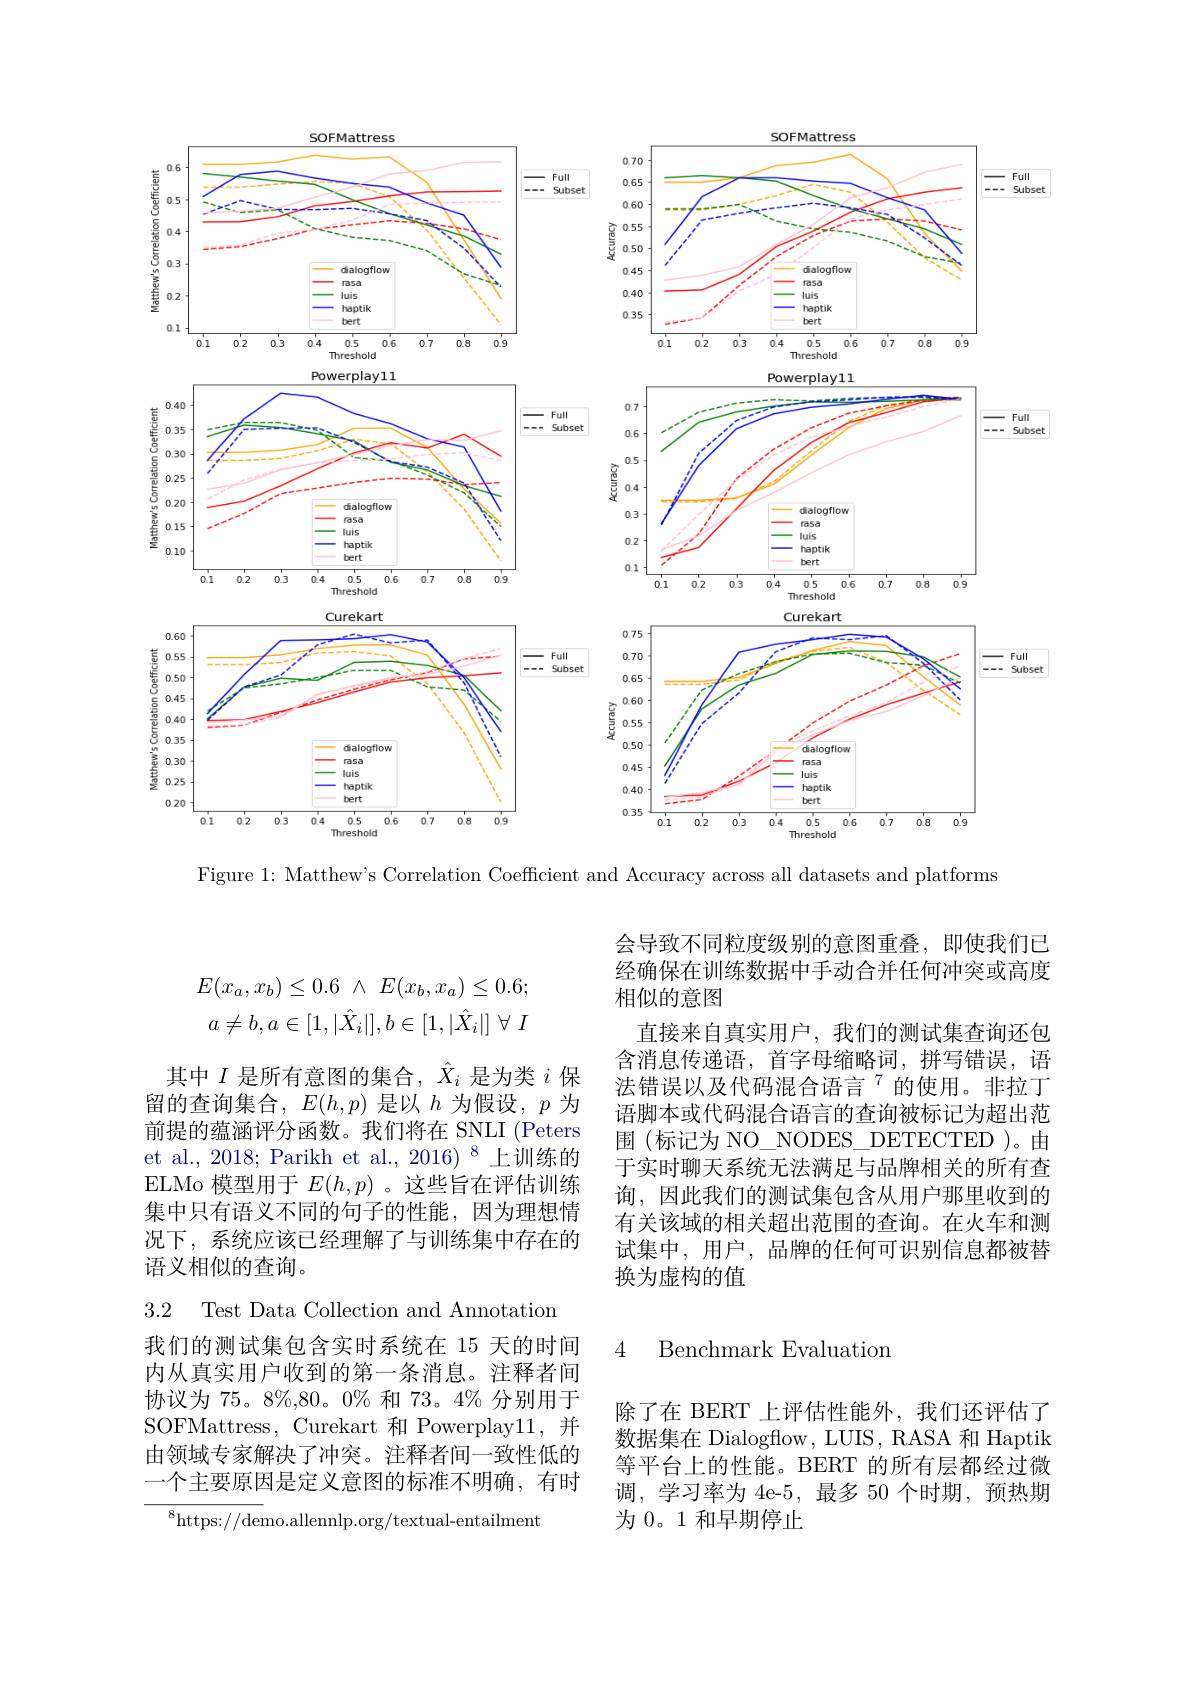
<FigureHere>

Figure 1: Matthew's Correlation Coefficient and Accuracy across all datasets and platforms
$$\begin{aligned}E(x_a,x_b)&\leq0.6\:\wedge\:E(x_b,x_a)\leq0.6;\\a\neq b,a&\in[1,|\hat{X}_i|],b\in[1,|\hat{X}_i|]\:\forall\:I\end{aligned}$$
其中$I$是所有意图的集合，$\hat{X}_i$是为类$i$保留的查询集合，$E(h,p)$是以$h$为假设，$p$为前提的蕴涵评分函数。我们将在 SNLI (Peters et al., 2018; Parikh et al., 2016)$^{8}$上训练的ELMo 模型用于$E(h,p)$ 。这些旨在评估训练集中只有语义不同的句子的性能，因为理想情况下，系统应该已经理解了与训练集中存在的语义相似的查询。

3.2 Test Data Collection and Annotation

我们的测试集包含实时系统在 15 天的时间内从真实用户收到的第一条消息。注释者间协议为 75。8%,80。0% 和 73。4% 分别用于SOFMattress, Curekart 和 Powerplay11,并由领域专家解决了冲突。注释者间一致性低的一个主要原因是定义意图的标准不明确，有时

${}^{8}{\mathrm{https://demo.allennlp.org/textual-entailment}}$

会导致不同粒度级别的意图重叠，即使我们已经确保在训练数据中手动合并任何冲突或高度相似的意图
直接来自真实用户，我们的测试集查询还包含消息传递语，首字母缩略词，拼写错误，语法错误以及代码混合语言$^{7}$的使用。非拉丁语脚本或代码混合语言的查询被标记为超出范围 (标记为 NO\_ NODES\_ DETECTED )。由于实时聊天系统无法满足与品牌相关的所有查询，因此我们的测试集包含从用户那里收到的有关该域的相关超出范围的查询。在火车和测试集中，用户，品牌的任何可识别信息都被替换为虚构的值

### 4 Benchmark Evaluation

除了在 BERT 上评估性能外，我们还评估了数据集在 Dialogflow, LUIS, RASA 和 Haptik 等平台上的性能。BERT 的所有层都经过微调，学习率为 4e-5,最多 50 个时期，预热期为 0。1 和早期停止